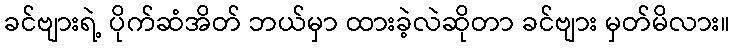
ခင်ဗျားရဲ့ ပိုက်ဆံအိတ် ဘယ်မှာ ထားခဲ့လဲဆိုတာ ခင်ဗျား မှတ်မိလား။